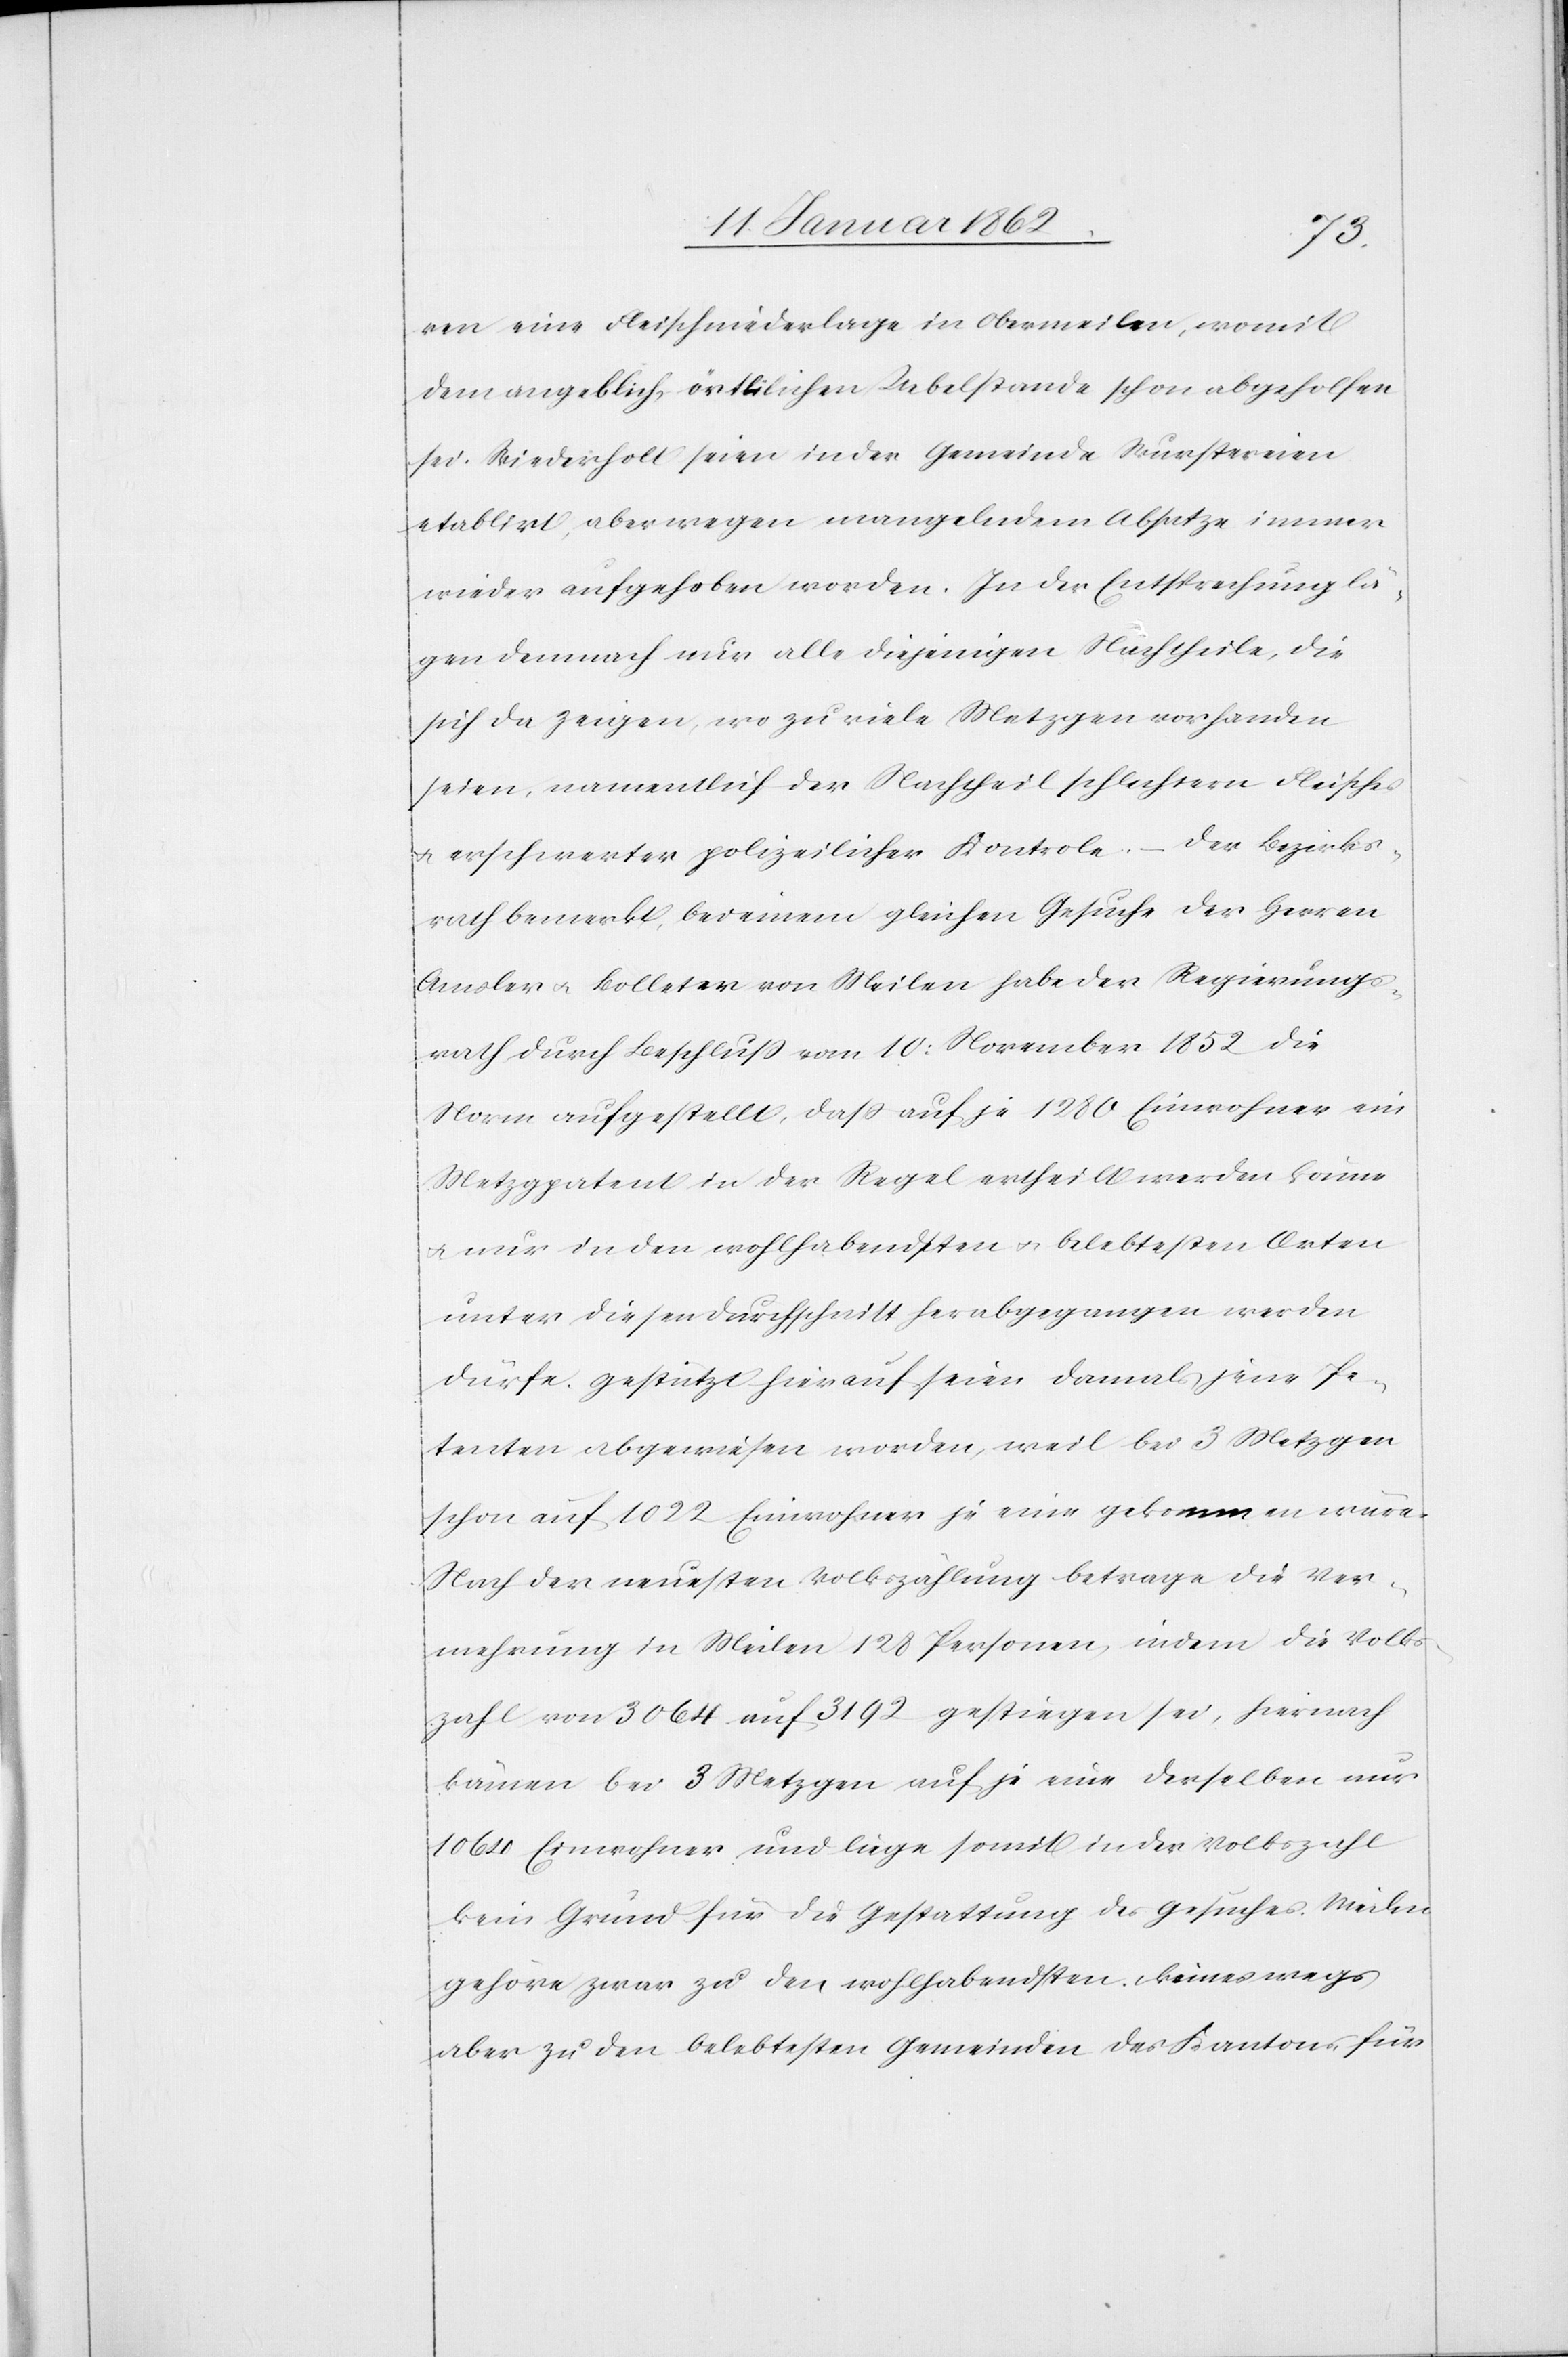
ren eine Fleischniederlage in Obermeilen, womit
dem angeblich örtlichen Uebelstande schon abgeholfen
sei. Wiederholt seien in der Gemeinde Wurstereien
etablirt, aber wegen mangelndem Absatze immer
wieder aufgehoben worden. In der Entsprechung lä¬
gen demnach nur alle diejenigen Nachtheile, die
sich da zeigen, wo zu viele Metzgen vorhanden
seien, namentlich der Nachtheil schlechtern Fleisches
u. erschwerter polizeilicher Kontrole. – Der Bezirks¬
rath bemerkt, bei einem gleichen Gesuche der Herren
Amsler u. Bolleter von Meilen habe der Regierungs¬
rath durch Beschluß vom 10: November 1852 die
Norm aufgestellt, daß auf je 1280 Einwohner ein
Metzgpatent in der Regel ertheilt werden könne
u. nur in den wohlhabendsten u. belebtesten Orten
unter diesen Durchschnitt herabgegangen werden
dürfe. Gestützt hierauf seien damals jene Pe¬
tenten abgewiesen worden, weil bei 3 Metzgen
schon auf 1022 Einwohner je eine gekommen wäre.
Nach der neuesten Volkszählung betrage die Ver¬
mehrung in Meilen 128 Personen, indem die Volks¬
zahl von 3064 auf 3192 gestiegen sei, hernach
kämen bei 3 Metzgen auf je eine derselben nur
1064 Einwohner und liege somit in der Volkszahl
kein Grund für die Gestattung des Gesuches. Meilen
gehöre zwar zu den wohlhabendsten, keineswegs
aber zu den belebtesten Gemeinden des Kantons, für